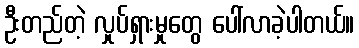
ဦးတည်တဲ့ လှုပ်ရှားမှုတွေ ပေါ်လာခဲ့ပါတယ်။